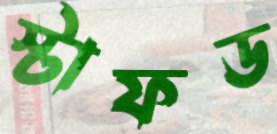
স্টাফড